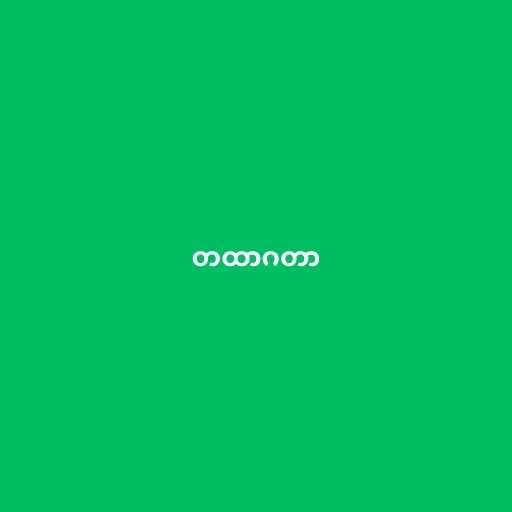
တထာဂတာ